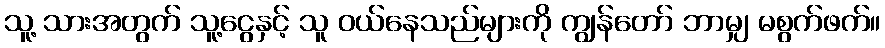
သူ့ သားအတွက် သူ့ငွေနှင့် သူ ဝယ်နေသည်များကို ကျွန်တော် ဘာမျှ မစွက်ဖက်။